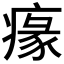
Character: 𤸁